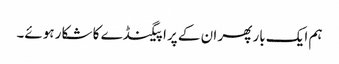
ہم ایک بار پھر ان کے پراپیگنڈے کا شکار ہوئے۔